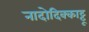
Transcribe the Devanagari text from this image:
नादोदिक्काट्टू